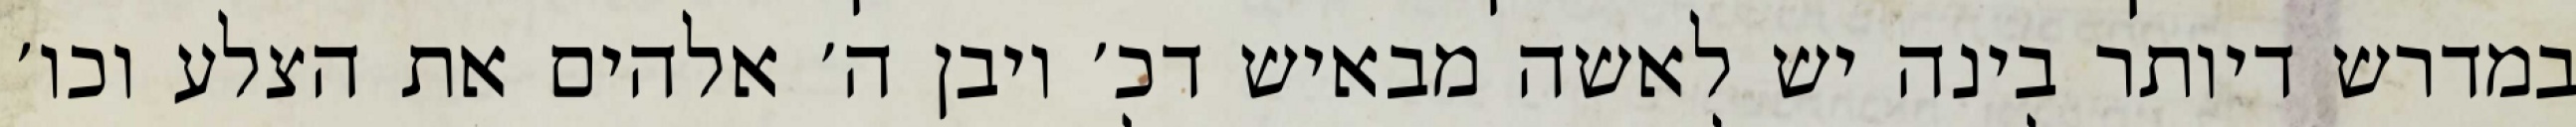
במדרש דיותר בינה יש לאשה מבאיש דכ׳ ויבן ה׳ אלהים את הצלע וכו׳